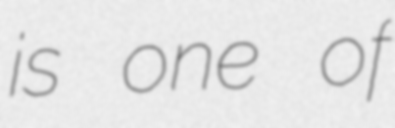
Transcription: is one of